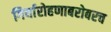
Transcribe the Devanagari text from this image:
गिर्यारोहणाबरोबरच